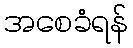
အစေခံရန်